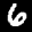
Label: 6